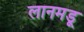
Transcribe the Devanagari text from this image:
लानमडू